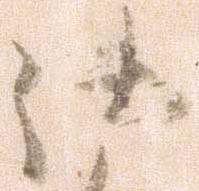
御